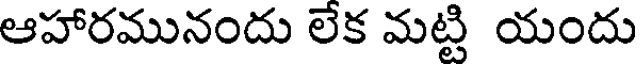
ఆహారమునందు లేక మట్టి యందు